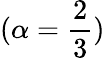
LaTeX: (\alpha=\frac{2}{3})